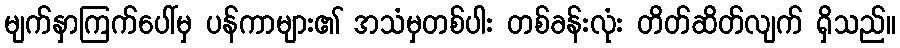
မျက်နှာကြက်ပေါ်မှ ပန်ကာများ၏ အသံမှတစ်ပါး တစ်ခန်းလုံး တိတ်ဆိတ်လျက် ရှိသည်။